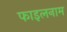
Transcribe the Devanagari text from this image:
फाइलनाम